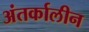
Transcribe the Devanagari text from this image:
अंतर्कालीन